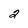
Character: 2